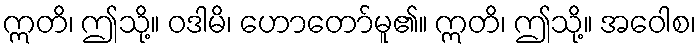
ဣတိ၊ ဤသို့။ ဝဒါမိ၊ ဟောတော်မူ၏။ ဣတိ၊ ဤသို့။ အဝေါစ၊